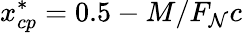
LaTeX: x_{cp}^{*}=0.5-M/F_{\mathcal{N}}c